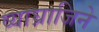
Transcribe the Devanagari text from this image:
व्याघ्राजिने